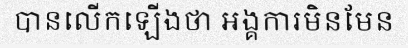
បានលើកឡើងថា អង្គការមិនមែន